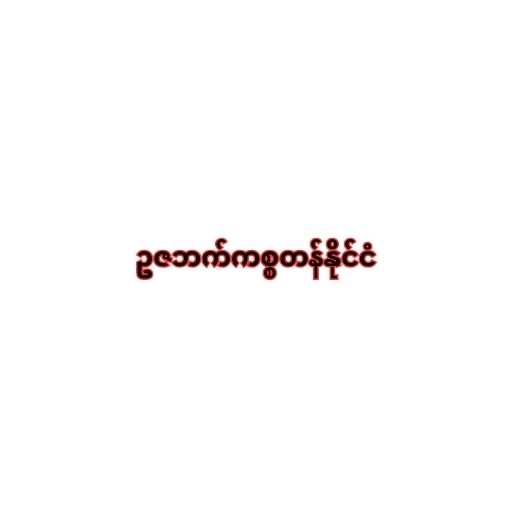
ဥဇဘက်ကစ္စတန်နိုင်ငံ